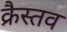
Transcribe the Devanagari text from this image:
क्रैस्तव